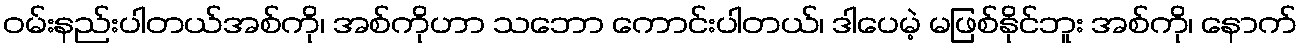
ဝမ်းနည်းပါတယ်အစ်ကို၊ အစ်ကိုဟာ သဘော ကောင်းပါတယ်၊ ဒါပေမဲ့ မဖြစ်နိုင်ဘူး အစ်ကို၊ နောက်